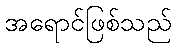
အရောင်ဖြစ်သည်